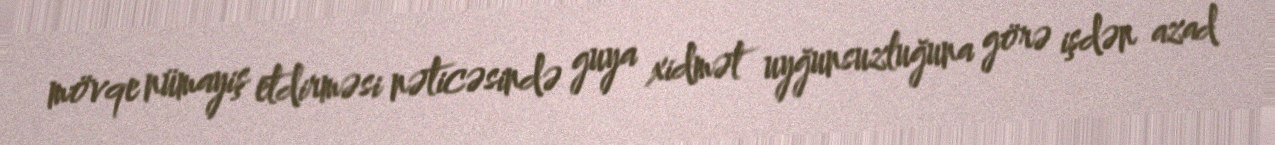
mövqe nümayiş etdirməsi nəticəsində guya xidmət uyğunsuzluğuna görə işdən azad